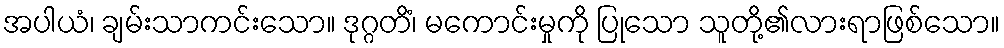
အပါယံ၊ ချမ်းသာကင်းသော။ ဒုဂ္ဂတိံ၊ မကောင်းမှုကို ပြုသော သူတို့၏လားရာဖြစ်သော။